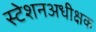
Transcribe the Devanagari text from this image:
स्टेशनअधीक्षक